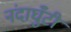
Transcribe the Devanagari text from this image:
नंदाघुँटी